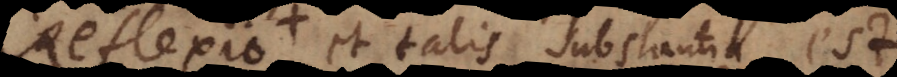
Reflexio, et talis substantia est